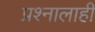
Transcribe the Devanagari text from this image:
प्रश्नालाही